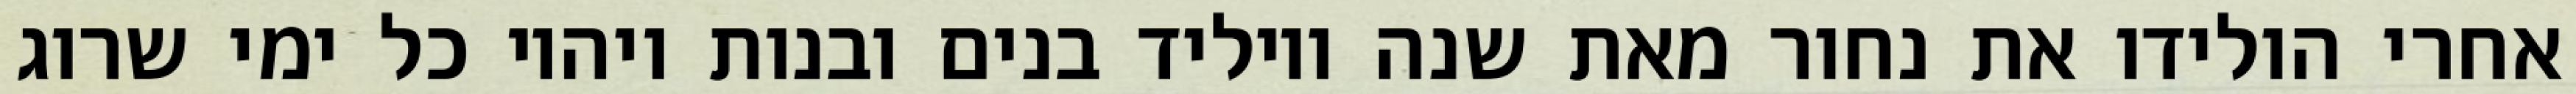
אחרי הולידו את נחור מאת שנה ויוליד בנים ובנות ויהיו כל ימי שרוג